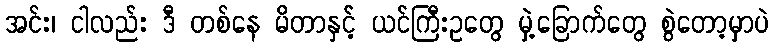
အင်း၊ ငါလည်း ဒီ တစ်နေ မိတာနှင့် ယင်ကြီးဥတွေ မှဲ့ခြောက်တွေ စွဲတော့မှာပဲ